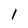
Character: l